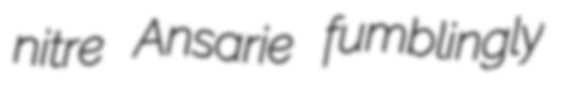
nitre Ansarie fumblingly